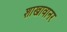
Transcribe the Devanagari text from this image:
शाखावानर